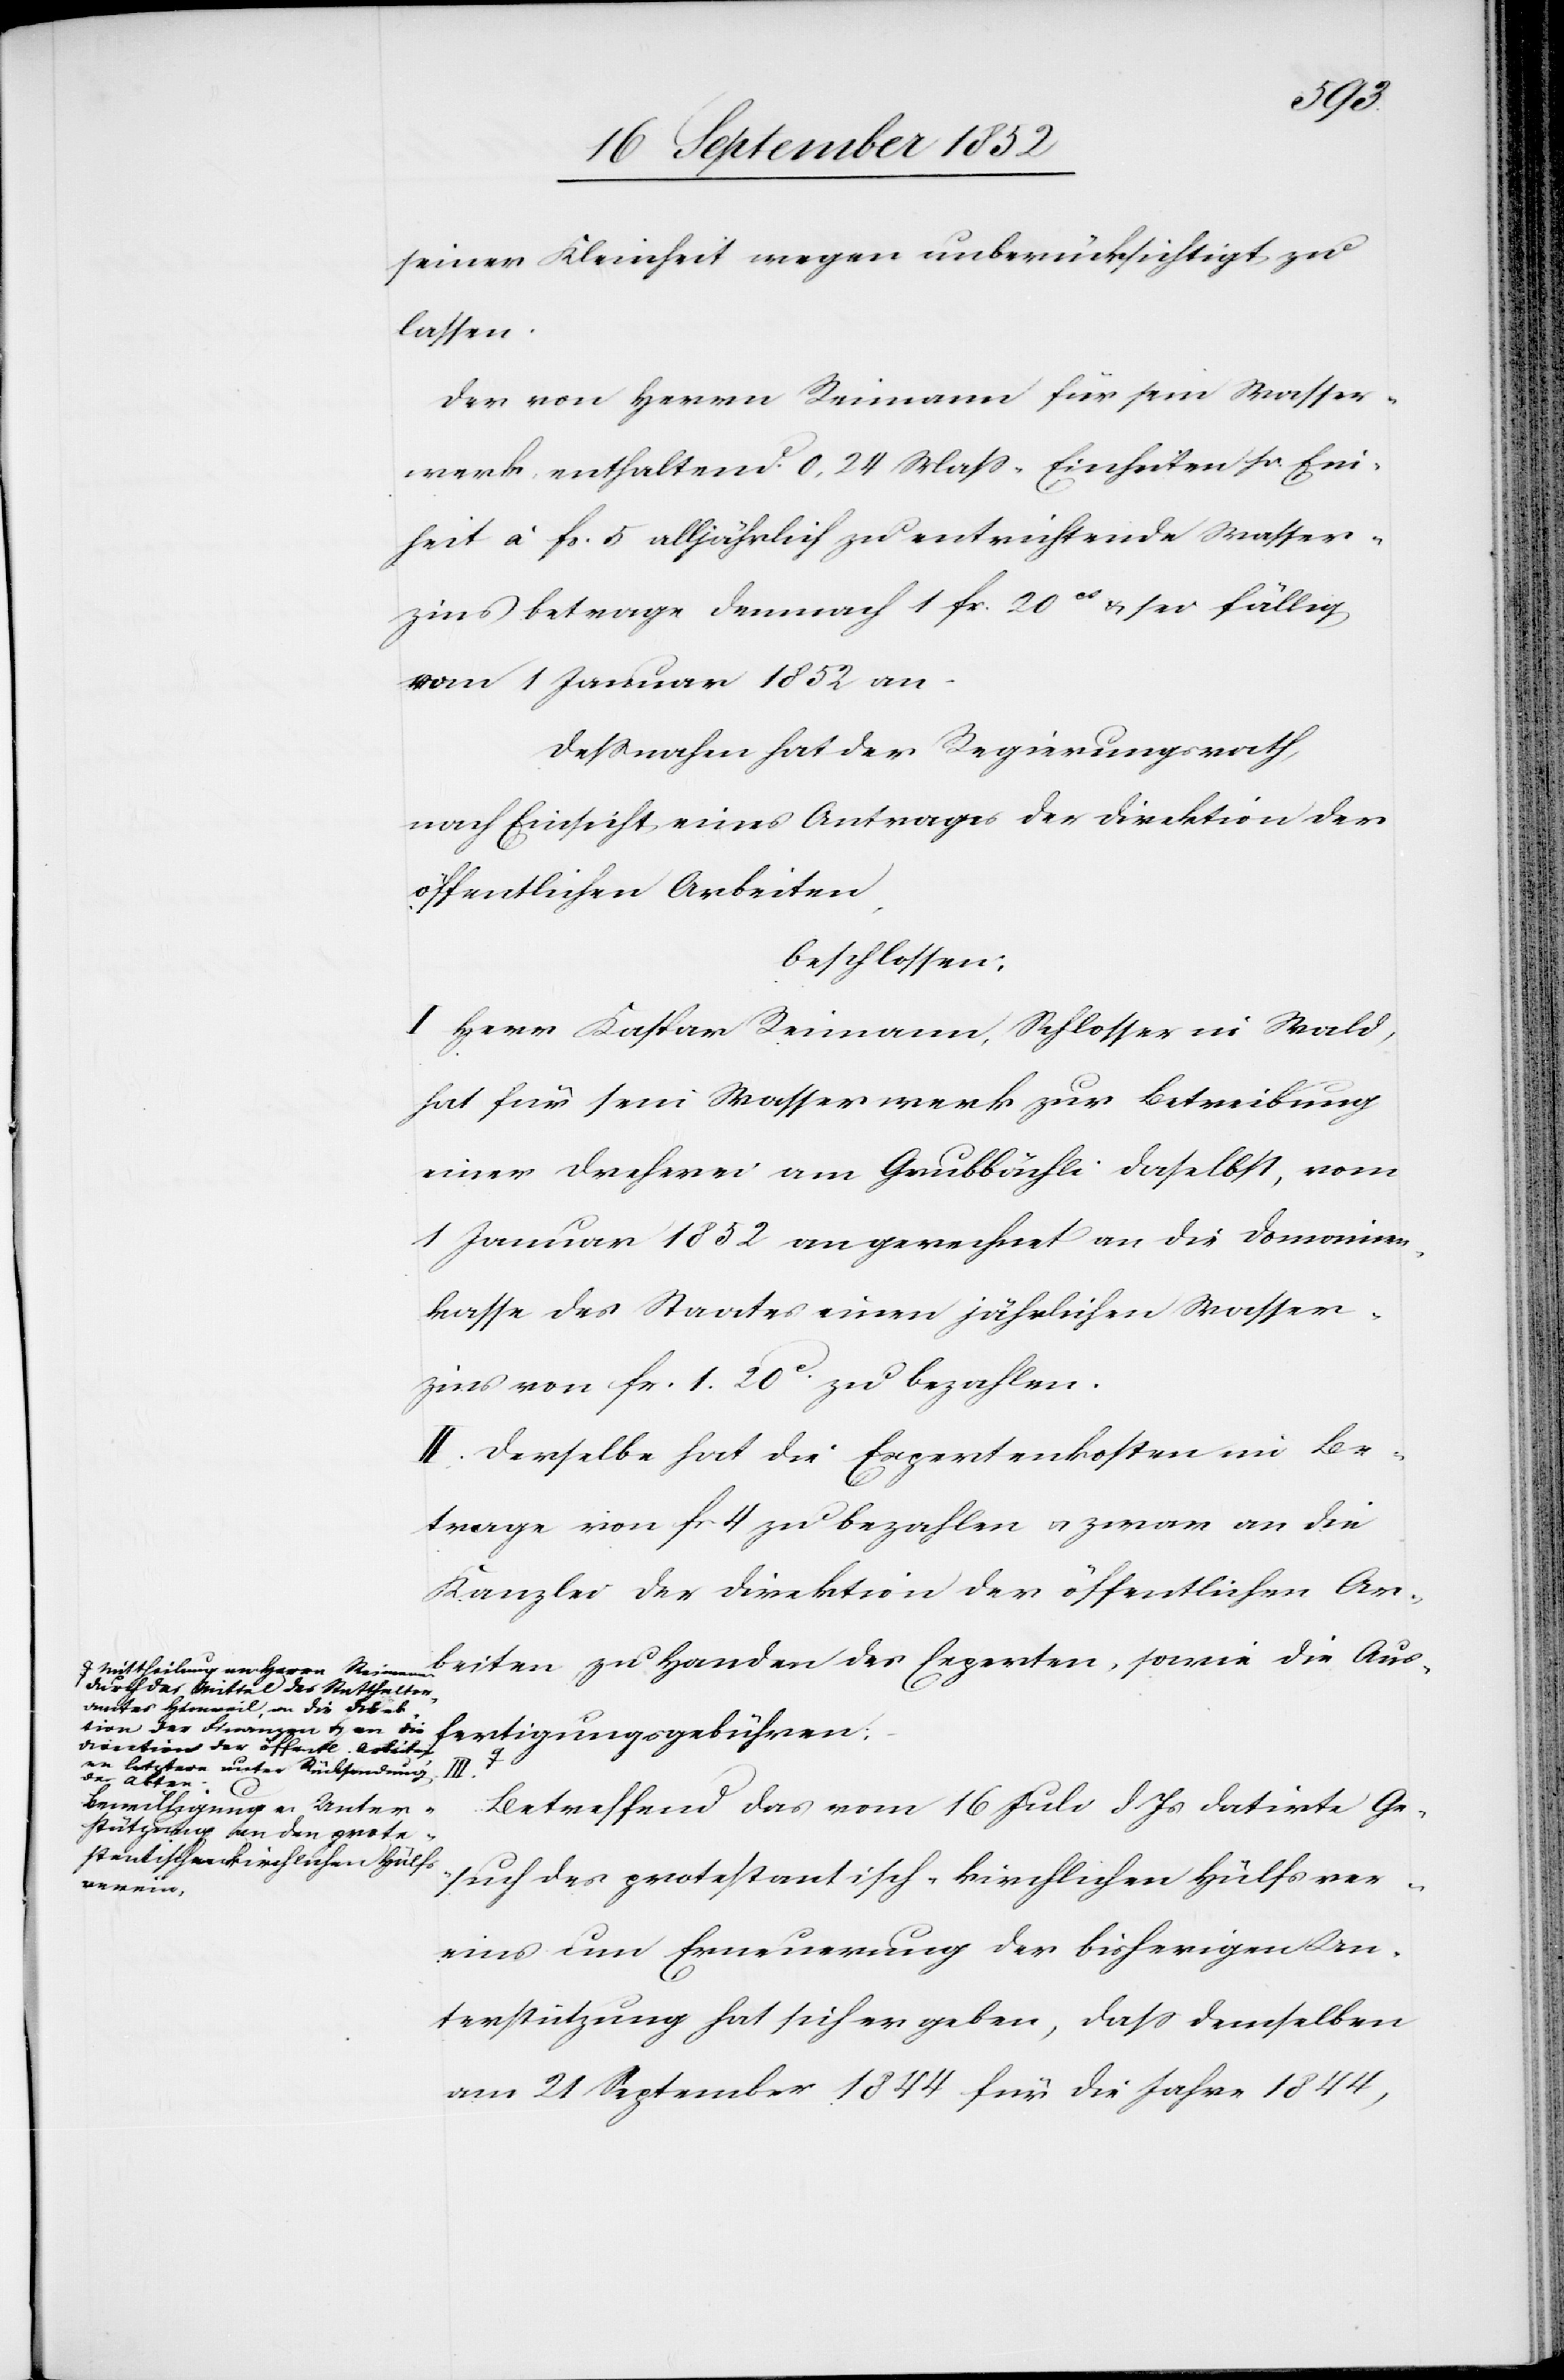
a-Mittheilung an Herrn Reimann
durch das Mittel des Statthalter¬
amtes Hinweil, an die Direk¬
tion der Finanzen & an die
Direction der öffentl. Arbeiten,
an letztere unter Rücksendung
der Akten.-a

seiner Kleinheit wegen unberücksichtigt zu
lassen.
Der von Herrn Reimann für sein Wasser¬
werk enthaltend 0,24 Mass-Einheiten pr. Ein¬
heit à fr. 5 alljährlich zu entrichtende Wasser¬
zins betrage demnach 1 fr. 20ct & sei fällig
vom 1 Januar 1852 an.
Dessnahen hat der Regierungsrath,
nach Einsicht eines Antrages der Direktion der
öffentlichen Arbeiten,
beschlossen:
I Herr Kaspar Reimann, Schlosser in Wald,
hat für sein Wasserwerk zur Betreibung
einer Dreherei am Grubbächli daselbst, vom
1 Januar 1852 an gerechnet an die Domainen¬
kasse des Staates einen jährlichen Wasser¬
zins von fr. 1. 20c. zu bezahlen.
–
II. Derselbe hat die Expertenkosten im Be¬
trage von fr. 4 zu bezahlen & zwar an die
Kanzlei der Direktion der öffentlichen Ar¬
beiten zu Handen des Experten, sowie die Aus¬
fertigungsgebühren;
Betreffend das vom 16 Juli d. Js datirte Ge¬
such des protestantisch-kirchlichen Hülfsver¬
eins um Erneuerung der bisherigen Un¬
terstützung hat sich ergeben, dass demselben
am 21 September 1844 für die Jahre 1844,